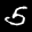
Label: 5